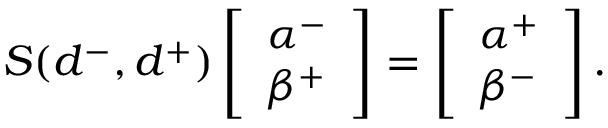
S ( d ^ { - } , d ^ { + } ) \left[ \begin{array} { l } { \alpha ^ { - } } \\ { \beta ^ { + } } \end{array} \right] = \left[ \begin{array} { l } { \alpha ^ { + } } \\ { \beta ^ { - } } \end{array} \right] .